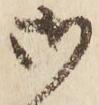
御